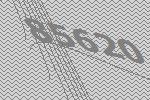
85620